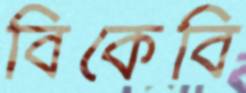
বিকেবি